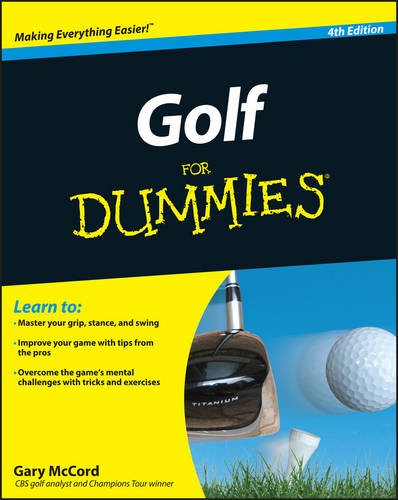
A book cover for Golf For Dummies; Gary McCord; Sports & Outdoors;